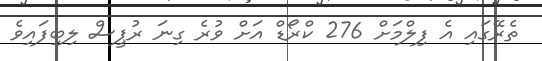
ތެރޭގައި އެ ފިލްމަށް 276 ކްރޯޑް އަށް ވުރެ ގިނަ ރުޕީސް ލިބިފައިވެ